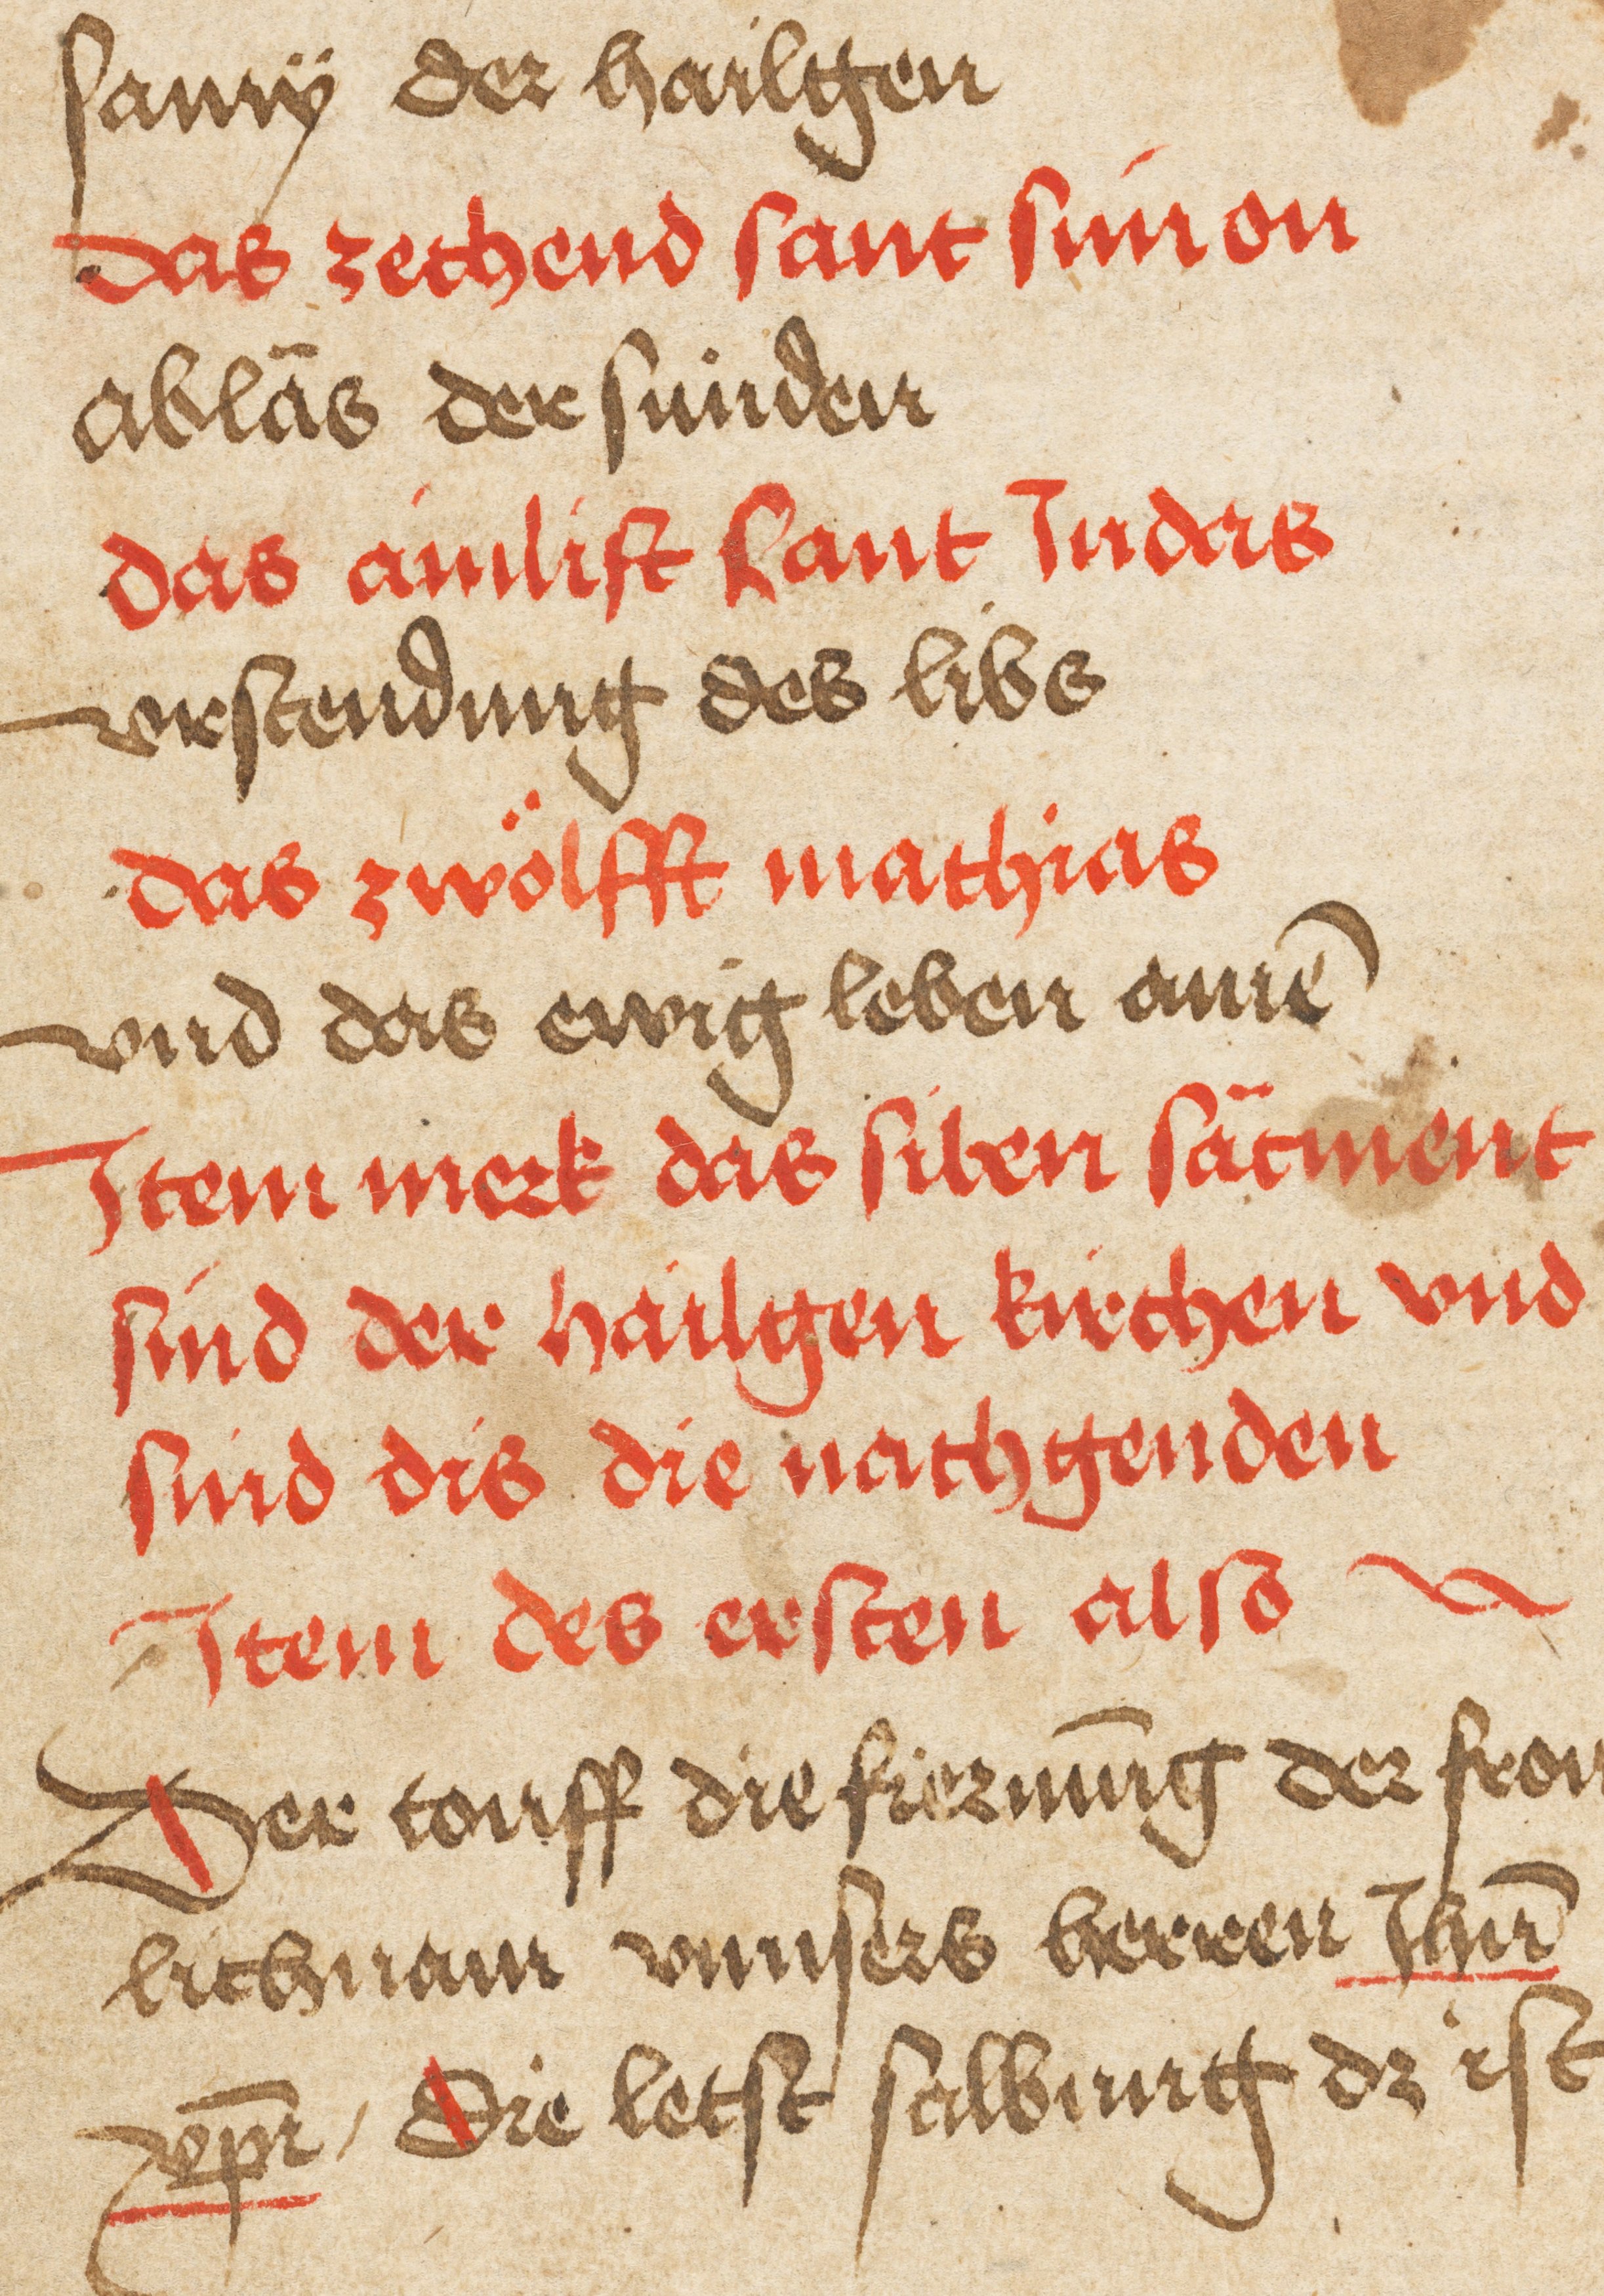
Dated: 1495–1495